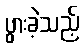
ပွားခဲ့သည့်